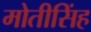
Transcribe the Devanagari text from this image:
मोतीसिंह